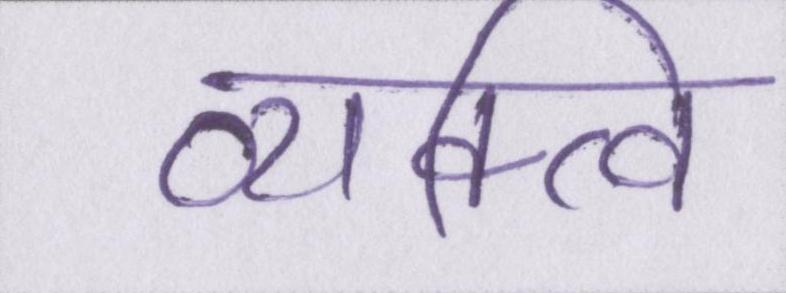
व्यक्त्वि